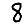
Digit: 8